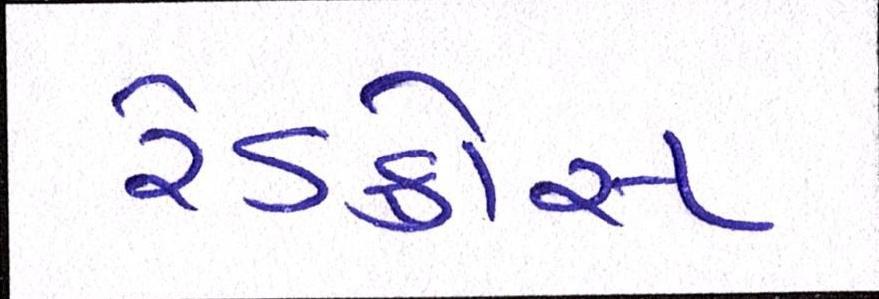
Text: રેડક્રોસ